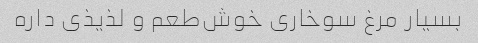
بسیار مرغ سوخاری خوش‌طعم و لذیذی داره